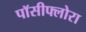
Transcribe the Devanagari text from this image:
पॉसीफ्लोरा